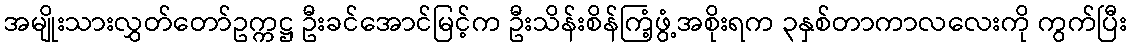
အမျိုးသားလွှတ်တော်ဥက္ကဋ္ဌ ဦးခင်အောင်မြင့်က ဦးသိန်းစိန်ကြံ့ဖွံ့အစိုးရက ၃နှစ်တာကာလလေးကို ကွက်ပြီး